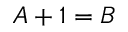
A + 1 = B